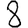
Digit: 8